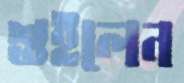
শুইলেন